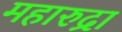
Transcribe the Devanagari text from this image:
महारुद्रा